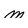
Character: m